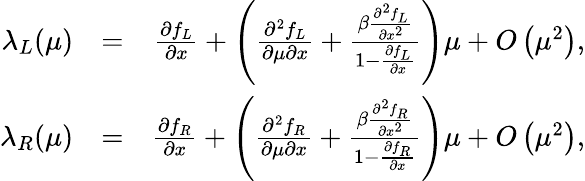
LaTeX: \begin{array}{rlr}{\lambda_{L}(\mu)}&{=}&{\textstyle{\frac{\partial f_{L}}{\partial x}}+\left(\textstyle{\frac{\partial^{2}f_{L}}{\partial\mu\partial x}}+\frac{\beta\frac{\partial^{2}f_{L}}{\partial x^{2}}}{1-\frac{\partial f_{L}}{\partial x}}\right)\mu+O\left(\mu^{2}\right),}\\ {\lambda_{R}(\mu)}&{=}&{\textstyle{\frac{\partial f_{R}}{\partial x}}+\left(\textstyle{\frac{\partial^{2}f_{R}}{\partial\mu\partial x}}+\frac{\beta\frac{\partial^{2}f_{R}}{\partial x^{2}}}{1-\frac{\partial f_{R}}{\partial x}}\right)\mu+O\left(\mu^{2}\right),}\end{array}